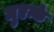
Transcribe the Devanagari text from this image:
मुएन्के